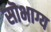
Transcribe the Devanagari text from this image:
सॊभाग्य